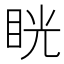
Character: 𥆄